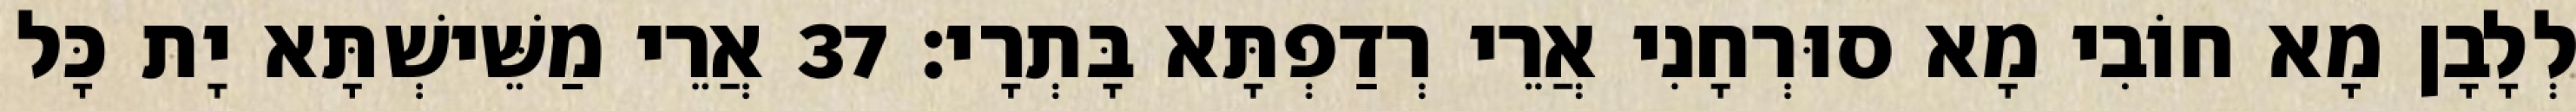
לְלָבָן מָא חוֹבִי מָא סוּרְחָנִי אֲרֵי רְדַפְתָּא בָּתְרָי׃ 37 אֲרֵי מַשֵּׁישְׁתָּא יָת כָּל